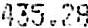
435.28